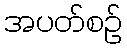
အပတ်စဉ်